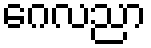
ဂေလညာ